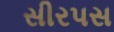
સીરપસ